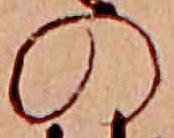
の